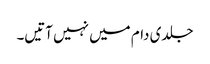
جلدی دام میں نہیں آتیں۔